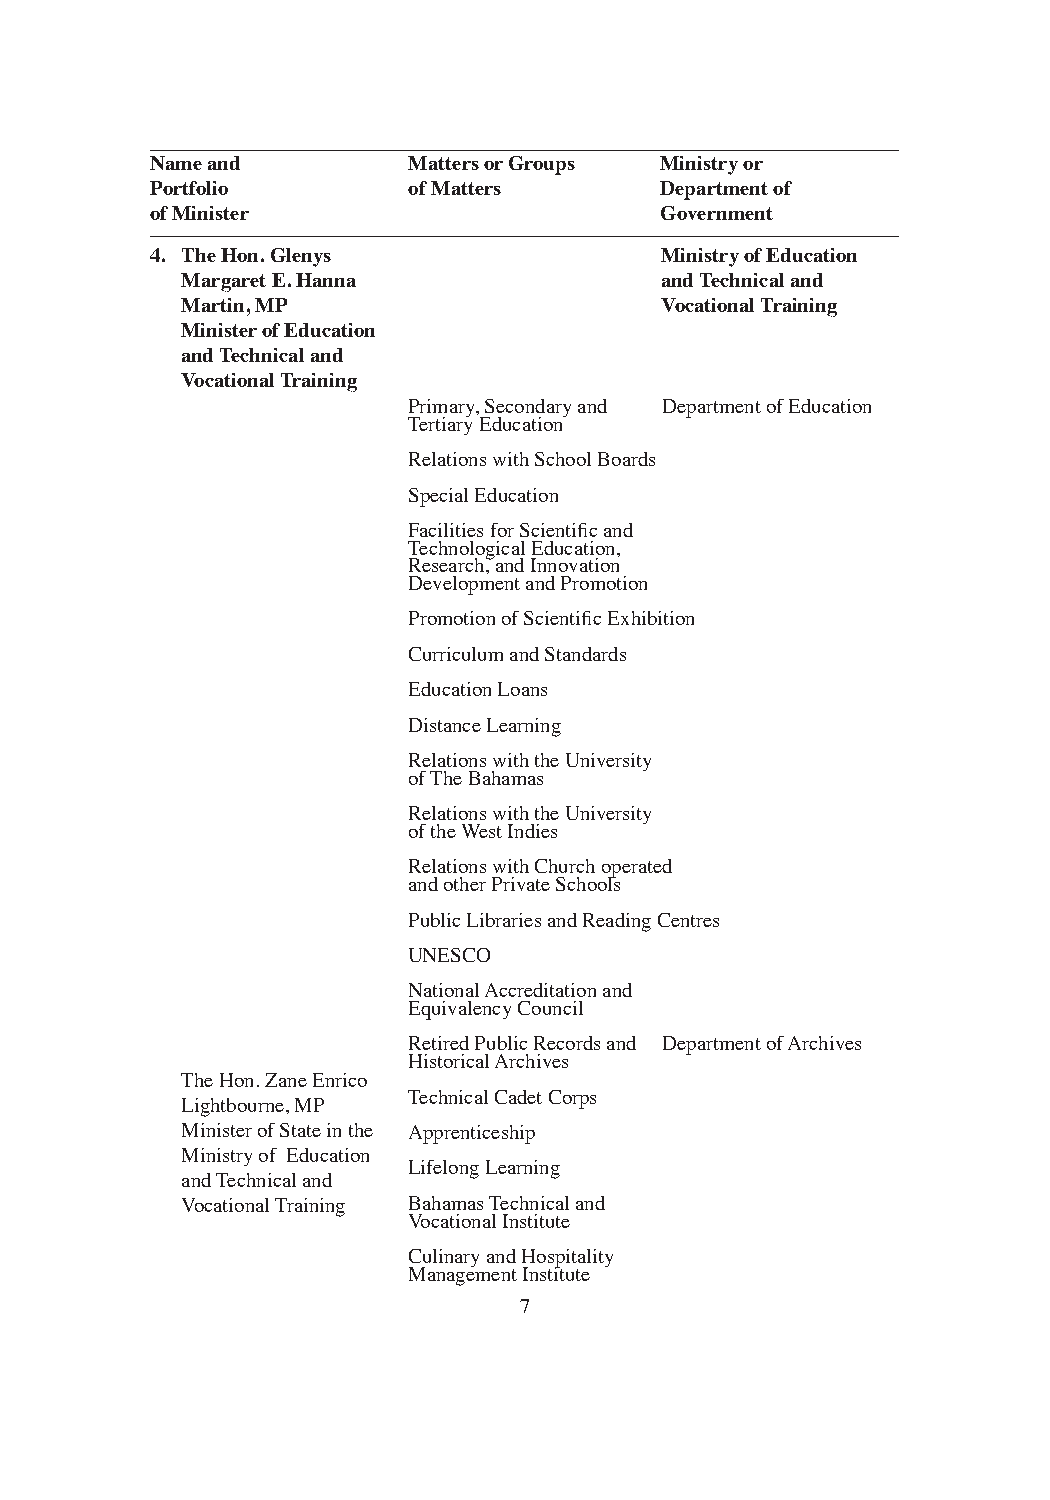
Name and         Matters or Groups Ministry or
 Portfolio        of Matters       Department of
 of Minister                       Government
 4. The Hon. Glenys                Ministry of Education
 Margaret E. Hanna               and Technical and
 Martin, MP                      Vocational Training
 Minister of Education
 and Technical and
 Vocational Training
 Primary, Secondary and Department of Education
 Tertiary Education
 Relations with School Boards
 Special Education
 Facilities for Scientific and
 Technological Education,
 Research, and Innovation
 Development and Promotion
 Promotion of Scientific Exhibition
 Curriculum and Standards
 Education Loans
 Distance Learning
 Relations with the University
 of The Bahamas
 Relations with the University
 of the West Indies
 Relations with Church operated
 and other Private Schools
 Public Libraries and Reading Centres
 UNESCO
 National Accreditation and
 Equivalency Council
 Retired Public Records and Department of Archives
 Historical Archives
 The Hon. Zane Enrico
 Technical Cadet Corps
 Lightbourne, MP
 Minister of State in the Apprenticeship
 Ministry of Education
 Lifelong Learning
 and Technical and
 Vocational Training Bahamas Technical and
 Vocational Institute
 Culinary and Hospitality
 Management Institute
 7